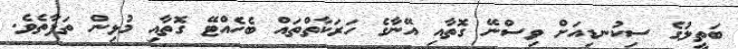
ބަތީލުގެ ސިކުނޑިއަށް ވިސްނޭ ގޮތާއި އޭނާގެ ހަރަކާތްތައް ބެހެއްޓޭ ގޮތާއި މުޅިން ތަފާތެވެ.